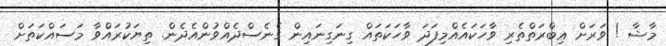
މާޝާ ! ވަރަށް ޢިބްރަތްތެރި ވާހަކައެއްމިފަދަ ވާހަކަތައް ގިނަގިނައިން ގެނެސްދެއްވުންއެދެން. ތިޔަކުރައްވާ މަސައްކަތަށް